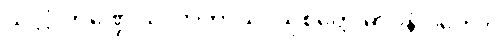
သလ္လံ ကဏ္ဍေ သလာကာယံ၊ သုစိတ္တေ ဓာဝနံ ဂတေ။